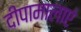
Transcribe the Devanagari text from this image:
दीपामालाएं